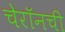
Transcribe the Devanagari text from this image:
चेरॉनची